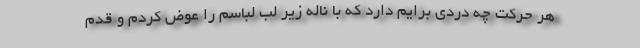
هر حرکت چه دردی برایم دارد که با ناله زیر لب لباسم را عوض کردم و قدم